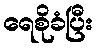
ရေစိုခံပြီး